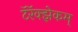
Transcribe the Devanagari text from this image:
टॅरॅक्झेकम्‌